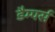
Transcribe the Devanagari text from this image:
डैम्पर्स